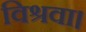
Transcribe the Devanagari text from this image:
विश्रवा।